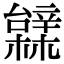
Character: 䢄